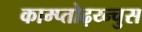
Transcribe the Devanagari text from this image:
काम्प्तोढ़य्न्चुस